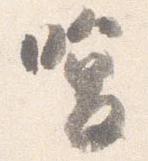
喚